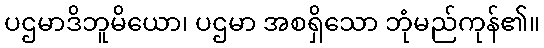
ပဌမာဒိဘူမိယော၊ ပဌမာ အစရှိသော ဘုံမည်ကုန်၏။